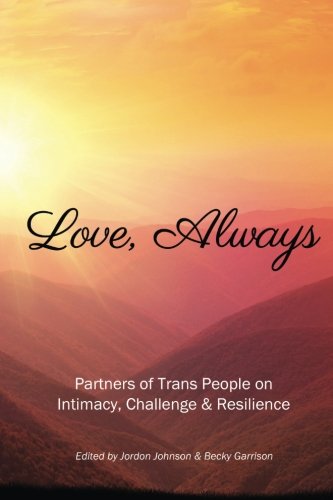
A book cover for Love, Always: Partners of Trans People on Intimacy, Challenge and Resilience; Jordon Johnson; Gay & Lesbian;